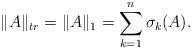
LaTeX: \begin{align*} \|A\|_{tr}=\|A\|_1 = \sum_{k=1}^n \sigma_k(A). \end{align*}